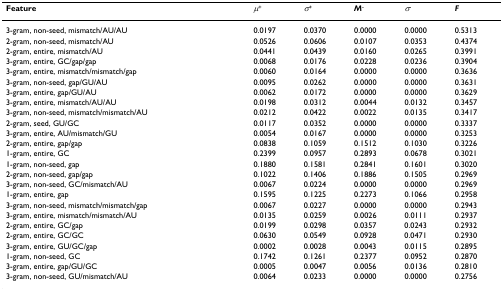
<table><thead><tr><td><b>Feature</b></td><td><b><i>μ</i><sup>+</sup></b></td><td><b><i>σ</i><sup>+</sup></b></td><td><b><i>M</i><sup>-</sup></b></td><td><b><i>σ</i><sup>-</sup></b></td><td><b><i>F</i></b></td></tr></thead><tbody><tr><td>3-gram, non-seed, mismatch/AU/AU</td><td>0.0197</td><td>0.0370</td><td>0.0000</td><td>0.0000</td><td>0.5313</td></tr><tr><td>2-gram, non-seed, mismatch/AU</td><td>0.0526</td><td>0.0606</td><td>0.0107</td><td>0.0353</td><td>0.4374</td></tr><tr><td>2-gram, entire, mismatch/AU</td><td>0.0441</td><td>0.0439</td><td>0.0160</td><td>0.0265</td><td>0.3991</td></tr><tr><td>3-gram, entire, GC/gap/gap</td><td>0.0068</td><td>0.0176</td><td>0.0228</td><td>0.0236</td><td>0.3904</td></tr><tr><td>3-gram, entire, mismatch/mismatch/gap</td><td>0.0060</td><td>0.0164</td><td>0.0000</td><td>0.0000</td><td>0.3636</td></tr><tr><td>3-gram, non-seed, gap/GU/AU</td><td>0.0095</td><td>0.0262</td><td>0.0000</td><td>0.0000</td><td>0.3631</td></tr><tr><td>3-gram, entire, gap/GU/AU</td><td>0.0062</td><td>0.0172</td><td>0.0000</td><td>0.0000</td><td>0.3629</td></tr><tr><td>3-gram, entire, mismatch/AU/AU</td><td>0.0198</td><td>0.0312</td><td>0.0044</td><td>0.0132</td><td>0.3457</td></tr><tr><td>3-gram, non-seed, mismatch/mismatch/AU</td><td>0.0212</td><td>0.0422</td><td>0.0022</td><td>0.0135</td><td>0.3417</td></tr><tr><td>2-gram, seed, GU/GC</td><td>0.0117</td><td>0.0352</td><td>0.0000</td><td>0.0000</td><td>0.3337</td></tr><tr><td>3-gram, entire, AU/mismatch/GU</td><td>0.0054</td><td>0.0167</td><td>0.0000</td><td>0.0000</td><td>0.3253</td></tr><tr><td>2-gram, entire, gap/gap</td><td>0.0838</td><td>0.1059</td><td>0.1512</td><td>0.1030</td><td>0.3226</td></tr><tr><td>1-gram, entire, GC</td><td>0.2399</td><td>0.0957</td><td>0.2893</td><td>0.0678</td><td>0.3021</td></tr><tr><td>1-gram, non-seed, gap</td><td>0.1880</td><td>0.1581</td><td>0.2841</td><td>0.1601</td><td>0.3020</td></tr><tr><td>2-gram, non-seed, gap/gap</td><td>0.1022</td><td>0.1406</td><td>0.1886</td><td>0.1505</td><td>0.2969</td></tr><tr><td>3-gram, non-seed, GC/mismatch/AU</td><td>0.0067</td><td>0.0224</td><td>0.0000</td><td>0.0000</td><td>0.2969</td></tr><tr><td>1-gram, entire, gap</td><td>0.1595</td><td>0.1225</td><td>0.2273</td><td>0.1066</td><td>0.2958</td></tr><tr><td>3-gram, non-seed, mismatch/mismatch/gap</td><td>0.0067</td><td>0.0227</td><td>0.0000</td><td>0.0000</td><td>0.2943</td></tr><tr><td>3-gram, entire, mismatch/mismatch/AU</td><td>0.0135</td><td>0.0259</td><td>0.0026</td><td>0.0111</td><td>0.2937</td></tr><tr><td>2-gram, entire, GC/gap</td><td>0.0199</td><td>0.0298</td><td>0.0357</td><td>0.0243</td><td>0.2932</td></tr><tr><td>2-gram, entire, GC/GC</td><td>0.0630</td><td>0.0549</td><td>0.0928</td><td>0.0471</td><td>0.2930</td></tr><tr><td>3-gram, entire, GU/GC/gap</td><td>0.0002</td><td>0.0028</td><td>0.0043</td><td>0.0115</td><td>0.2895</td></tr><tr><td>1-gram, non-seed, GC</td><td>0.1742</td><td>0.1261</td><td>0.2377</td><td>0.0952</td><td>0.2870</td></tr><tr><td>3-gram, entire, gap/GU/GC</td><td>0.0005</td><td>0.0047</td><td>0.0056</td><td>0.0136</td><td>0.2810</td></tr><tr><td>3-gram, non-seed, GU/mismatch/AU</td><td>0.0064</td><td>0.0233</td><td>0.0000</td><td>0.0000</td><td>0.2756</td></tr></tbody></table>